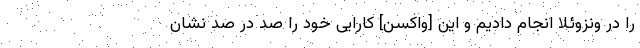
را در ونزوئلا انجام دادیم و این [واکسن] کارایی خود را صد در صد نشان